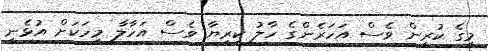
މީގެ ކުރިން ވެސް އަހަރެންގެ ހާލު ކިރިޔާ ވެސް އަހާލާ މީހަކަށް އުޅެނީ